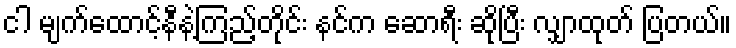
ငါ မျက်ထောင့်နီနဲ့ကြည့်တိုင်း နင်က ဆောရီး ဆိုပြီး လျှာထုတ် ပြတယ်။